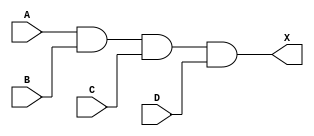
module sky130_fd_sc_lp__and4 (
    X,
    A,
    B,
    C,
    D
);

    // Module ports
    output X;
    input  A;
    input  B;
    input  C;
    input  D;

    // Local signals
    wire and0_out_X;

    //  Name  Output      Other arguments
    and and0 (and0_out_X, A, B, C, D     );
    buf buf0 (X         , and0_out_X     );

endmodule